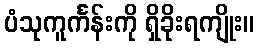
ပံသုကူင်္ကန်းကို ရှိခိုးရကျိုး။